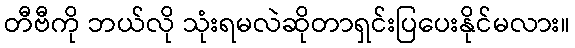
တီဗီကို ဘယ်လို သုံးရမလဲဆိုတာရှင်းပြပေးနိုင်မလား။